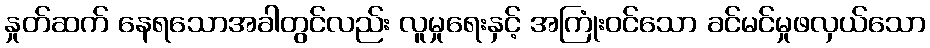
နှုတ်ဆက် နေရသောအခါတွင်လည်း လူမှုရေးနှင့် အကြုံးဝင်သော ခင်မင်မှုဖလှယ်သော